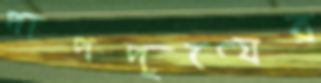
পাপপুণ্যের